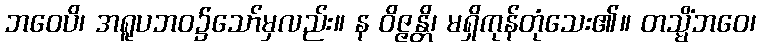
ဘဝေပိ၊ အရူပဘဝ၌သော်မှလည်း။ န ဝိဇ္ဇန္တိ၊ မရှိကုန်တုံသေး၏။ တသ္မိံဘဝေ၊